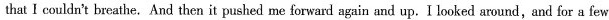
that I couldn't breathe. And then it pushed me forward again and up. I looked around, and for a few